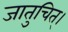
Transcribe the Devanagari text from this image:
जातुचित्।